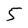
Character: 5